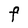
Character: F